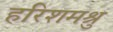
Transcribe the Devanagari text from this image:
हरिशमश्रु